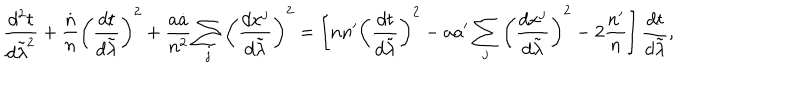
LaTeX: { \frac { d ^ { 2 } t } { d \tilde { \lambda } ^ { 2 } } } + { \frac { \dot { n } } { n } } \left( { \frac { d t } { d \tilde { \lambda } } } \right) ^ { 2 } + { \frac { a \dot { a } } { n ^ { 2 } } } \sum _ { j } \left( { \frac { d x ^ { j } } { d \tilde { \lambda } } } \right) ^ { 2 } = \left[ n n ^ { \prime } \left( { \frac { d t } { d \tilde { \lambda } } } \right) ^ { 2 } - a a ^ { \prime } \sum _ { j } \left( { \frac { d x ^ { j } } { d \tilde { \lambda } } } \right) ^ { 2 } - 2 { \frac { n ^ { \prime } } { n } } \right] { \frac { d t } { d \tilde { \lambda } } } ,